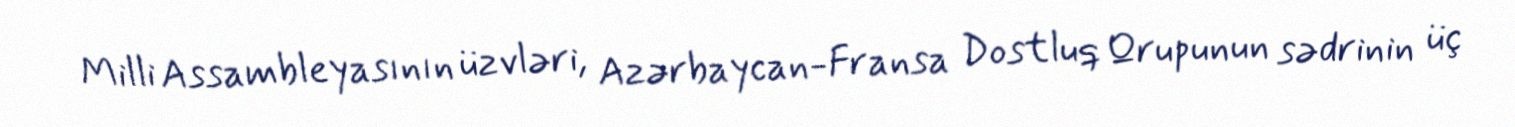
Milli Assambleyasının üzvləri, Azərbaycan-Fransa Dostluq Qrupunun sədrinin üç